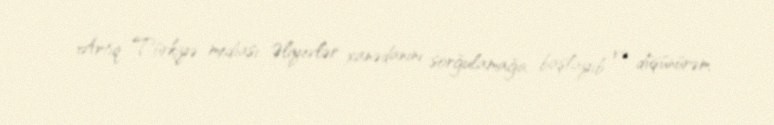
Artıq Türkiyə mediası Əliyevlər xanədanını sorğulamağa başlayıb və düşünürəm